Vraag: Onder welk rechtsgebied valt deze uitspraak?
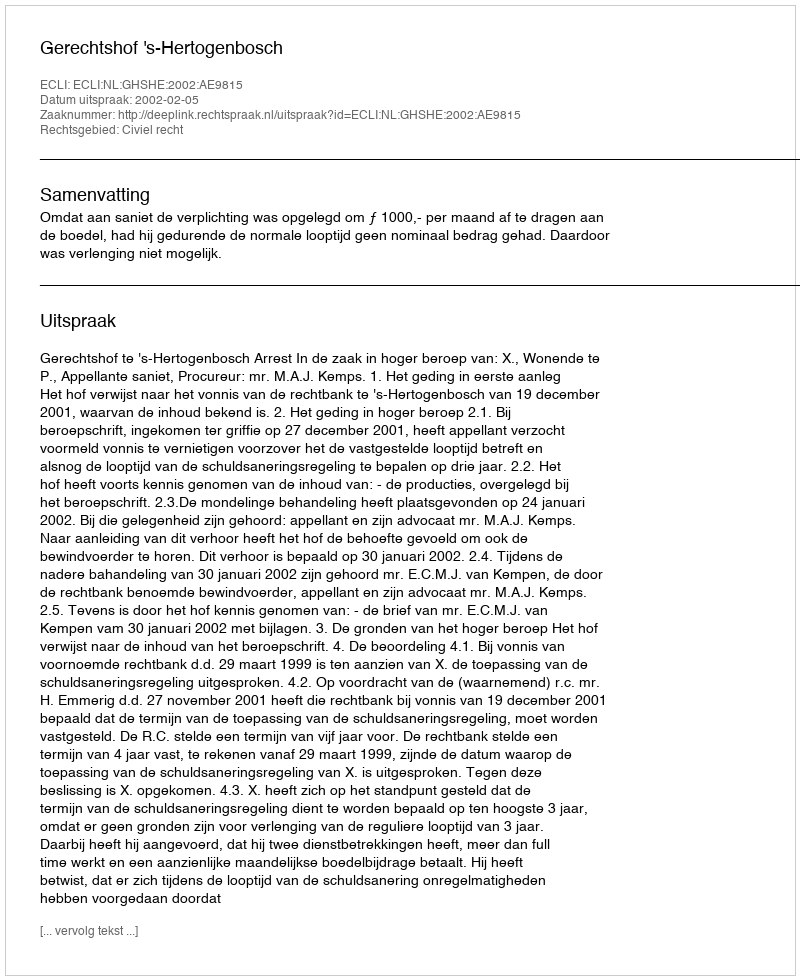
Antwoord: Civiel recht